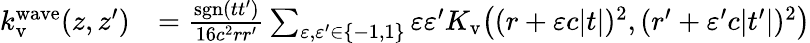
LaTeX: \begin{array}{rl}{k_{\mathrm{v}}^{\mathrm{wave}}(z,z^{\prime})}&{=\frac{\mathrm{sgn}(tt^{\prime})}{16c^{2}rr^{\prime}}\sum_{\varepsilon,\varepsilon^{\prime}\in\{ -1,1\} }\varepsilon\varepsilon^{\prime}K_{\mathrm{v}}\big((r+\varepsilon c|t|)^{2},(r^{\prime}+\varepsilon^{\prime}c|t^{\prime}|)^{2}\big)}\end{array}